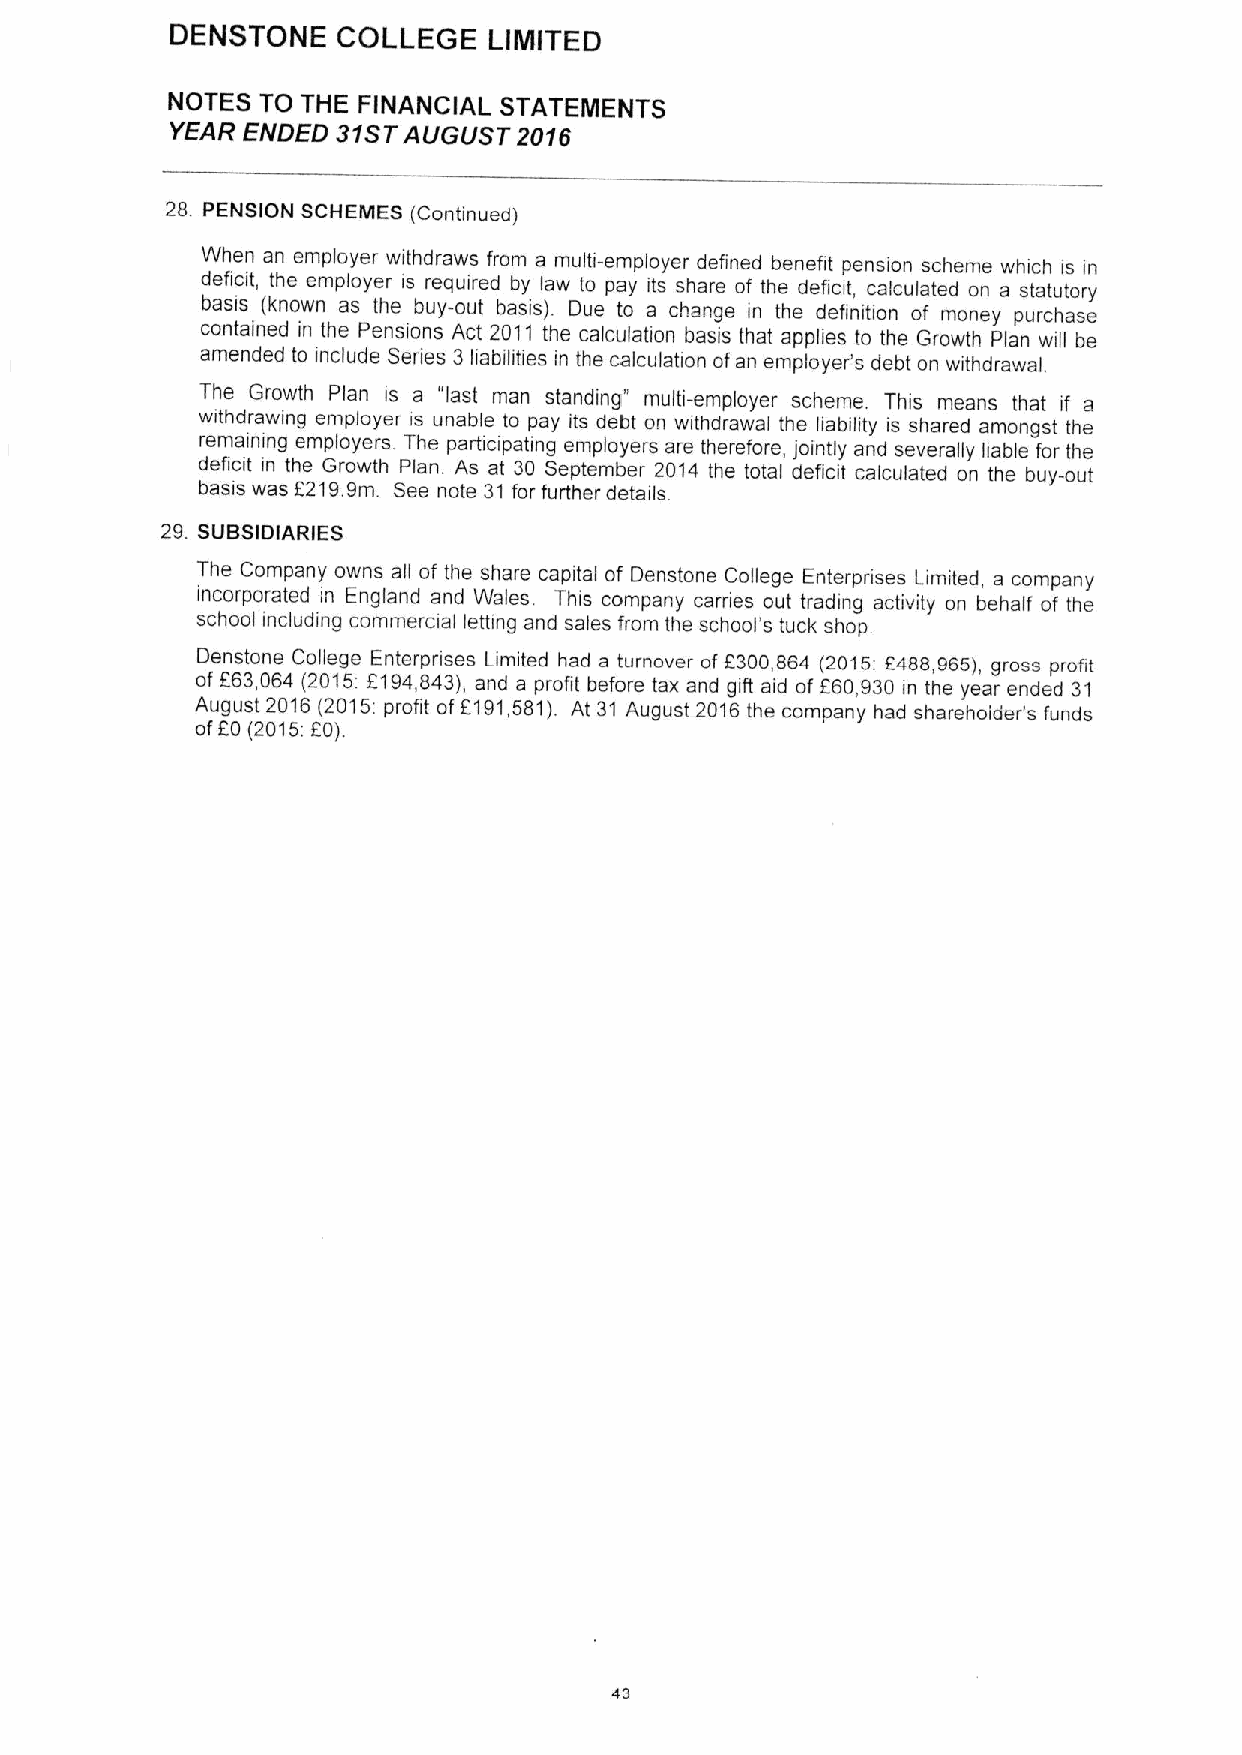
DENSTONE   COLLEGE   LIINITED
 NOTES TO THE FINANCIAL STATEMENTS
 YEAR ENDED 31STAUGUST  2016
 28 PENSION SCHEMES (Continued)
 When an employer withdraws from a multi-employer defined benefit pension scheme which is in
 deficit, the employer is required by law to pay its share of the deficit, calculated on a statutory
 basis (known as the buy-out basis). Due to a change in the definition of money purchase
 contained in the Pensions Act 2011 the calculation basis that applies to the Growth Plan will be
 amended to include Senes 3 liabilities in the calculation ofan employer's debt on withdrawal.
 The Growth Plan is a "last man standing" multi-employer scheme. This means that if a
 withdrawing employer is unable to pay its debt on withdrawal the liability is shared amongst the
 remaining employers The participating employers are therefore, jointly and severally liable for the
 deficit in the Growth Plan. As at 30 September 2014 the total deficit calculated on the buy-out
 basis was 6219.9m. See note 31for further details
 29. SUBSIDIARIES
 The Company owns all of the share capital of Denstone College Enterpnses Limited, a company
 incorporated in England and Wales. This company carnes out trading activity on behalf of the
 school including commercial letting and sales from the school's tuck shop.
 Denstone College Enterpnses Limited had a turnover of 9300,864 (2015:8488,985), gross profit
 of 663,064 (2015. 6194,843), and a profit before tax and gift aid of 660,930 in the year ended 31
 August 2016(2015:profit of6191,581). At 31 August 2016 the company had sharehoider's funds
 ofEO (2015;60).